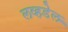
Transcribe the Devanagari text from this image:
लव्हडेल